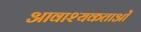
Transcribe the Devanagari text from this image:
आवाश्‍यकताओं